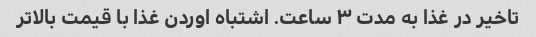
تاخیر در غذا به مدت ۳ ساعت. اشتباه اوردن غذا با قیمت بالاتر